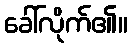
ခေါ်လိုက်၏။